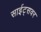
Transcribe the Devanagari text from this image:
साईट्सवर